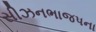
સીઝનભાજપના